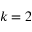
k = 2